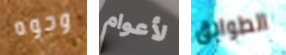
وجوه لأعوام الطوابق